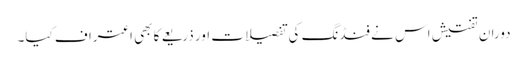
دوران تفتیش اس نے فنڈنگ کی تفصیلات اور ذریعے کا بھی اعتراف کیا۔